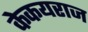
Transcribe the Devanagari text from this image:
केकयराज